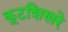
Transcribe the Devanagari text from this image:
कूटशिखरे